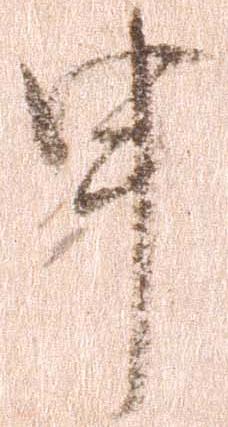
申